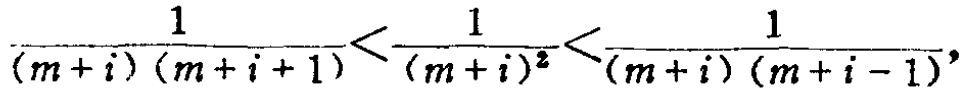
\frac{1}{(m + i)(m + i + 1)}<\frac{1}{(m + i)^2}<\frac{1}{(m + i)(m + i - 1)},